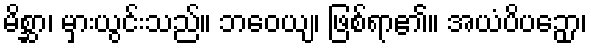
မိစ္ဆာ၊ မှားယွင်းသည်။ ဘဝေယျ၊ ဖြစ်ရာ၏။ အယံပိပဉှော၊